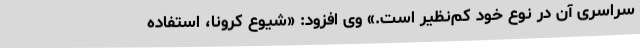
سراسری آن در نوع خود کم‌نظیر است.» وی افزود: «شیوع کرونا، استفاده